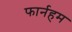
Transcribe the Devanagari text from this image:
फार्नहम